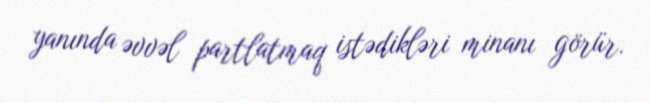
yanında əvvəl partlatmaq istədikləri minanı görür.